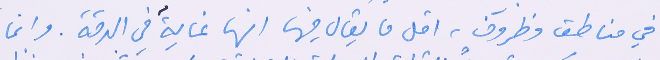
في مناطق وظروف، اقل ما يقال فيها انها غايةٌ في الدقة. وانما